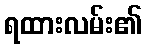
ရထားလမ်း၏